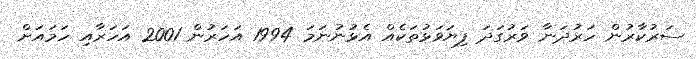
ސަރުކާރުން ހަރުދަނާ ވަރުގަދަ ފިޔަވަޅުތަކެއް އެޅުނުނަމަ 1994 އަހަރުން 2001 އަހަރާއި ހަމައަށް